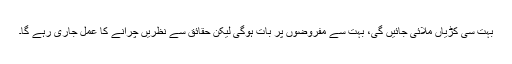
بہت سی کڑیاں ملائی جائیں گی، بہت سے مفروضوں پر بات ہوگی لیکن حقائق سے نظریں چرانے کا عمل جاری رہے گا۔